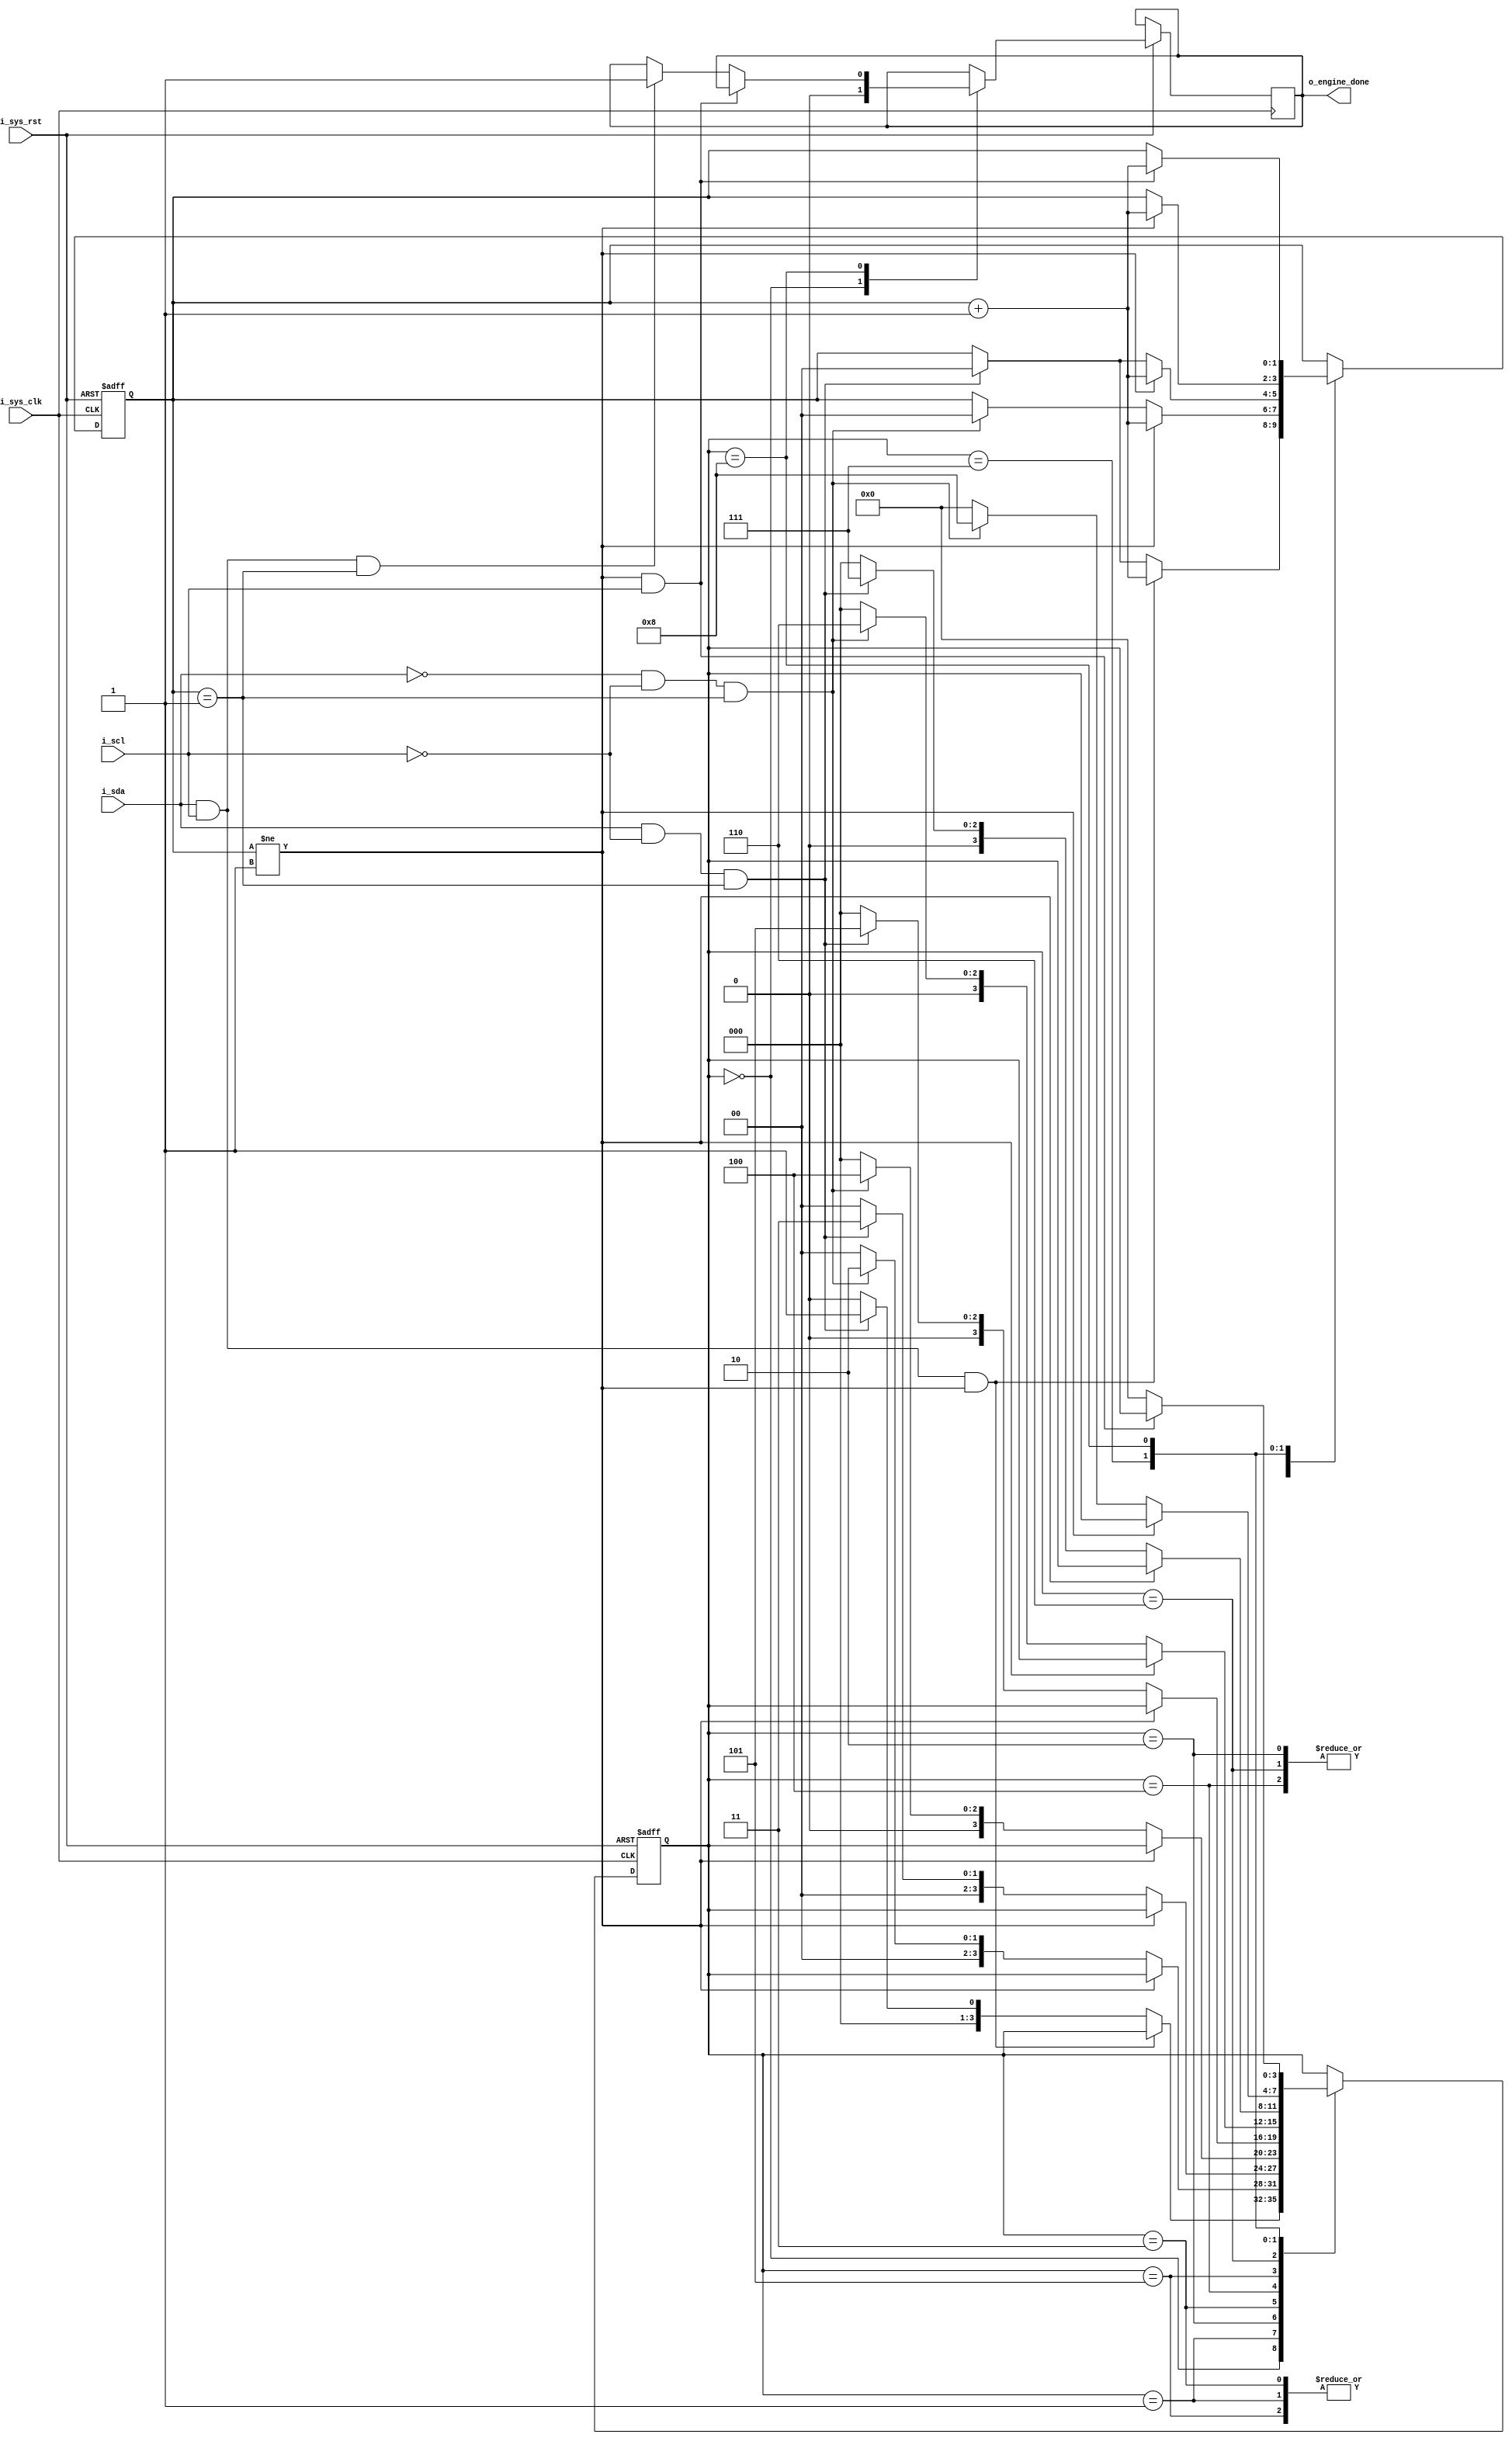
module Exit_Detector (
input	   i_sys_clk ,
input 	   i_sys_rst ,
input 	   i_scl ,
input      i_sda ,

output reg o_engine_done
); 

reg [1:0] count;
reg [3:0] state;
		
always @ (posedge i_sys_clk , negedge i_sys_rst)
 begin
  if(!i_sys_rst)
   begin
    count <= 0;
    state <= 0;
   end

  else
   begin

 case (state)
 
0:begin
     o_engine_done <= 0;
     if (i_sda && i_scl && count != 1)
      count <= count + 1;
     else if(i_sda && !i_scl && count == 1)
      begin
       state <= 1;
       count <= 0;
      end
     else
      state <= 0;
   end

1:begin
     if (count != 1)
      count <= count + 1;
     else if(!i_sda && !i_scl && count == 1)
      begin
       state <= 2;
       count <= 0;
      end
     else
      state <= 0;
   end

2:begin
     if (count != 1)
      count <= count + 1;
     else if(i_sda && !i_scl && count == 1)
      begin
       state <= 3;
       count <= 0;
      end
     else
      state <= 0;
   end

3:begin
     if (count != 1)
      count <= count + 1;
     else if(!i_sda && !i_scl && count == 1)
      begin
       state <= 4;
       count <= 0;
      end
     else
      state <= 0;
   end


4:begin
     if (count != 1)
      count <= count + 1;
     else if(i_sda && !i_scl && count == 1)
      begin
       state <= 5;
       count <= 0;
      end
     else
      state <= 0;
   end

5:begin
     if (count != 1)
      count <= count + 1;
     else if(!i_sda && !i_scl && count == 1)
      begin
       state <= 6;
       count <= 0;
      end
     else
      state <= 0;
   end

6:begin
     if (count != 1)
      count <= count + 1;
     else if(i_sda && !i_scl && count == 1)
      begin
       state <= 7;
       count <= 0;
      end
     else
      state <= 0;
   end

7:begin
     if (count != 1)
       count <= count + 1;
     else if (!i_sda && !i_scl && count == 1)
       state <= 8;
     else
       state <= 0;
   end

8:begin
     if (count != 1 && i_scl)
       count <= count + 1;
     else if (i_sda && i_scl && count == 1)
       begin
         state <= 0;
         o_engine_done <= 1;
       end
     else
       state <= 0;
   end
endcase
end
end
 endmodule